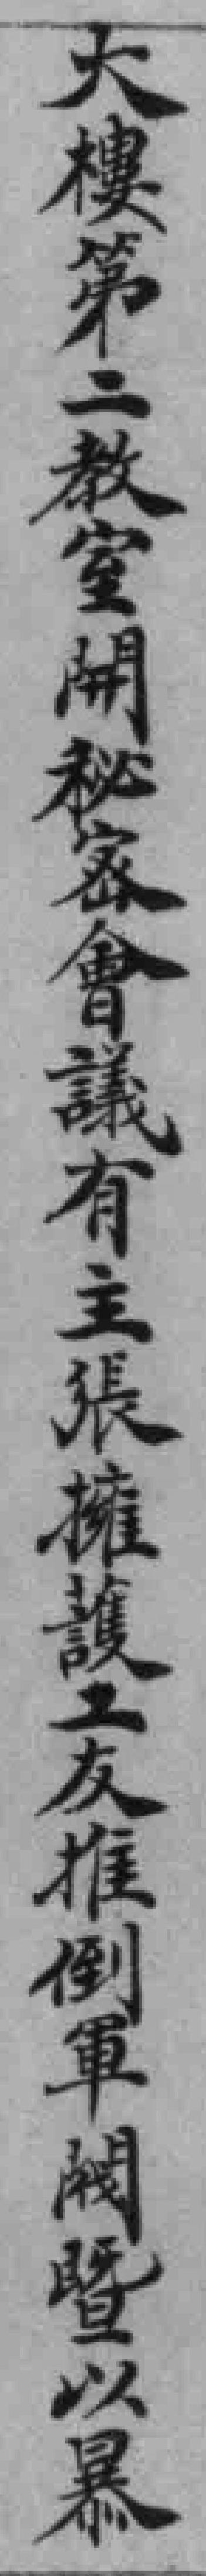
大樓第二教室開秘密會議有主張擁護工友推倒軍閥暨以暴